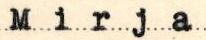
Mirja